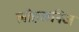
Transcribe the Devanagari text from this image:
लोहखनिज